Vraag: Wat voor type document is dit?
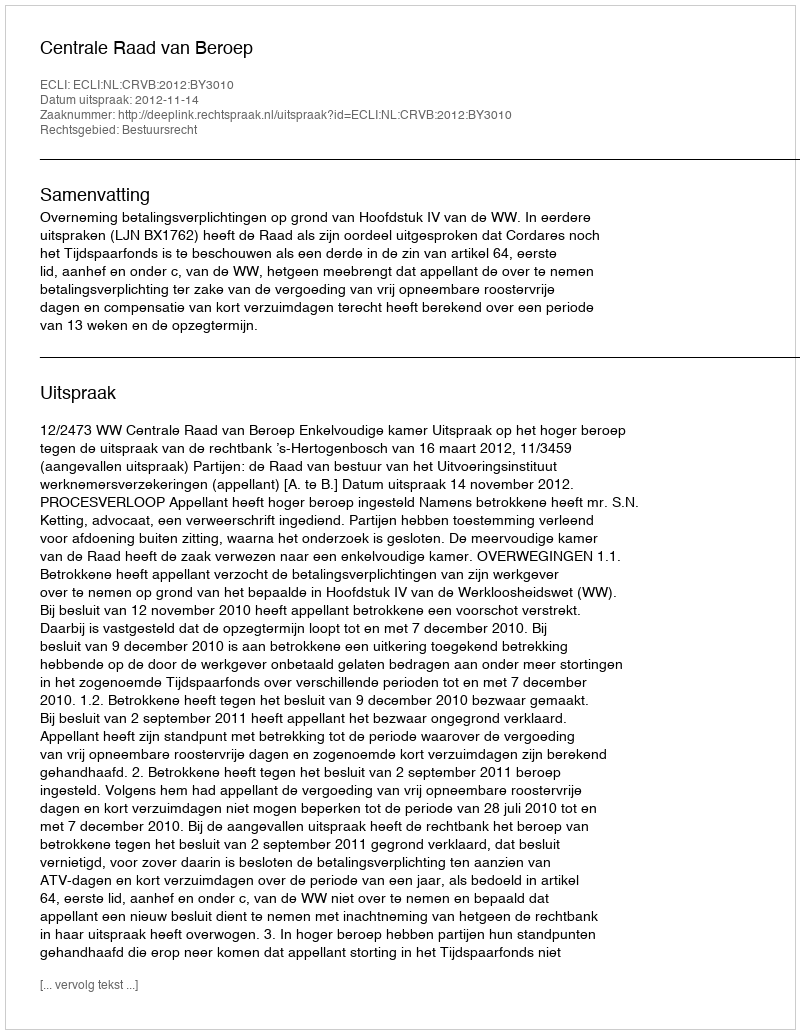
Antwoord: Uitspraak